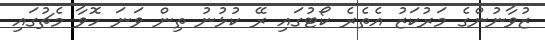
ޒުވާނުންގެ މަރުކަޒު އެތެރެ ކޯޓުގައި ރޭ ކުޅުނު ތިން ވަނަ ހޮވާ މެޗުގައި